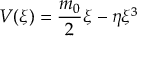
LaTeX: V ( \xi ) = \frac { m _ { 0 } } { 2 } \xi - \eta \xi ^ { 3 }